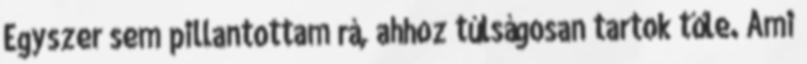
Egyszer sem pillantottam rá, ahhoz túlságosan tartok tőle. Ami